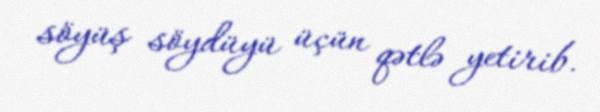
söyüş söydüyü üçün qətlə yetirib.